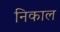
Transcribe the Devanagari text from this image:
निकाल